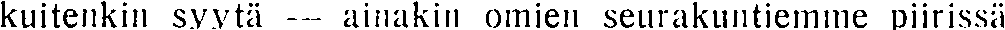
kuitenkin syytä — ainakin omien seurakuntiemme piirissä